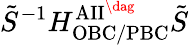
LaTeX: \tilde{S}^{-1}H_{\mathrm{OBC/PBC}}^{\mathrm{AII}^{\dag}}\tilde{S}